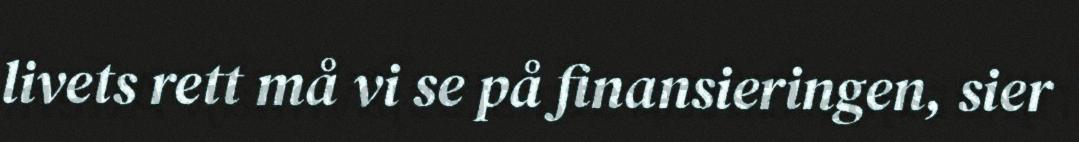
livets rett må vi se på finansieringen, sier